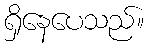
ရှိနေပေသည်။